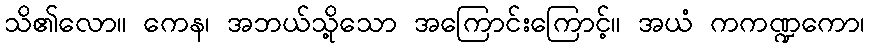
သိ၏လော။ ကေန၊ အဘယ်သို့သော အကြောင်းကြောင့်။ အယံ ကကဏ္ဍကော၊